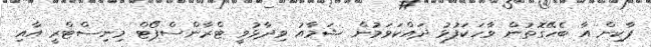
ޕާކިން އާ ބެހޭގޮތުން ވާހަކަފުޅު ދައްކަވަމުން ޝަމާއު ވިދާޅުވީ ޓްރާންސްޕޯޓް މިނިސްޓްރީ އާއި